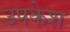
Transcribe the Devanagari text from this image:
उपकेश